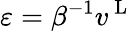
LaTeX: \varepsilon=\beta^{-1}v^{\mathrm{~L~}}